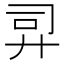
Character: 𫸙